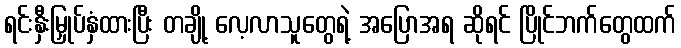
ရင်းနှီးမြှုပ်နှံထားပြီး တချို့ လေ့လာသူတွေရဲ့ အပြောအရ ဆိုရင် ပြိုင်ဘက်တွေထက်